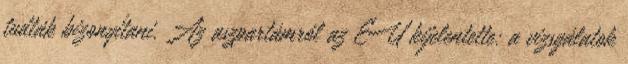
tudták bizonyítani. Az aszpartámról az EU kijelentette: a vizsgálatok